Treatise on elephants
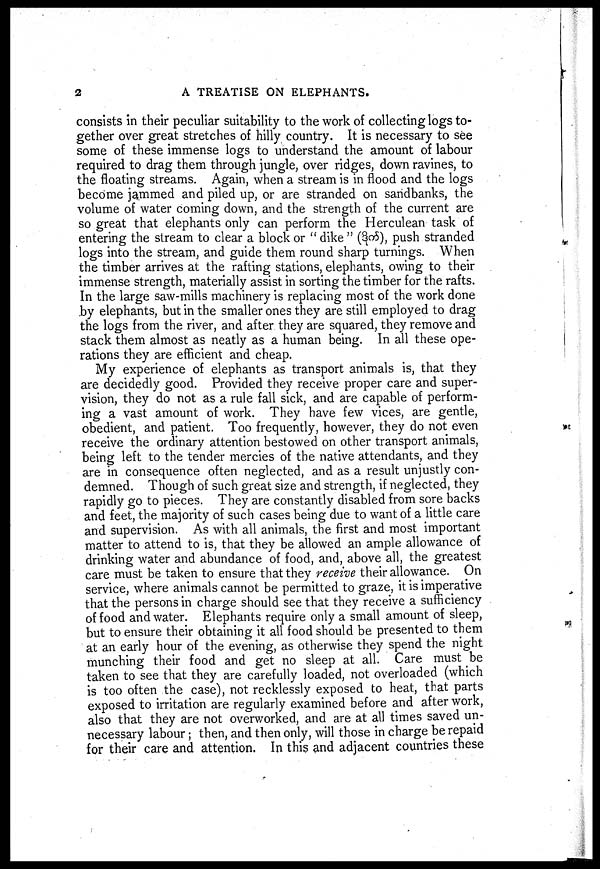
2
A TREATISE ON ELEPHANTS.
consists in their peculiar suitability to the work of collecting logs to-
gether over great stretches of hilly country. It is necessary to see
some of these immense logs to understand the amount of labour
required to drag them through jungle, over ridges, down ravines, to
the floating streams. Again, when a stream is in flood and the logs
become jammed and piled up, or are stranded on sandbanks, the
volume of water coming down, and the strength of the current are
so great that elephants only can perform the Herculean task of
entering the stream to clear a block or " dike " (%>5), push stranded
logs into the stream, and guide them round sharp turnings. When
the timber arrives at the rafting stations, elephants, owing to their
immense strength, materially assist in sorting the timber for the rafts.
In the large saw-mills machinery is replacing most of the work done
by elephants, but in the smaller ones they are still employed to drag
the logs from the river, and after they are squared, they remove and
stack them almost as neatly as a human being. In all these ope-
rations they are efficient and cheap.
My experience of elephants as transport animals is, that they
are decidedly good. Provided they receive proper care and super-
vision, they do not as a rule fall sick, and are capable of perform-
ing a vast amount of work. They have few vices, are gentle,
obedient, and patient. Too frequently, however, they do not even
receive the ordinary attention bestowed on other transport animals,
being left to the tender mercies of the native attendants, and they
are in consequence often neglected, and as a result unjustly con-
demned. Though of such great size and strength, if neglected, they
rapidly go to pieces. They are constantly disabled from sore backs
and feet, the majority of such cases being due to want of a little care
and supervision. As with all animals, the first and most important
matter to attend to is, that they be allowed an ample allowance of
drinking water and abundance of food, and, above all, the greatest
care must be taken to ensure that they receive their allowance. On
service, where animals cannot be permitted to graze, it is imperative
that the persons in charge should see that they receive a sufficiency
of food and water. Elephants require only a small amount of sleep,
but to ensure their obtaining it all food should be presented to them
at an early hour of the evening, as otherwise they spend the night
munching their food and get no sleep at all. Care must be
taken to see that they are carefully loaded, not overloaded (which
is too often the case), not recklessly exposed to heat, that parts
exposed to irritation are regularly examined before and after work,
also that they are not overworked, and are at all times saved un-
necessary labour; then, and then only, will those in charge be repaid
for their care and attention. In this and adjacent countries these